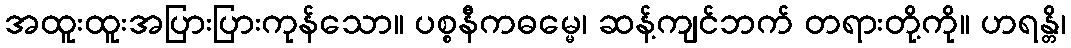
အထူးထူးအပြားပြားကုန်သော။ ပစ္စနီကဓမ္မေ၊ ဆန့်ကျင်ဘက် တရားတို့ကို။ ဟရန္တိ၊